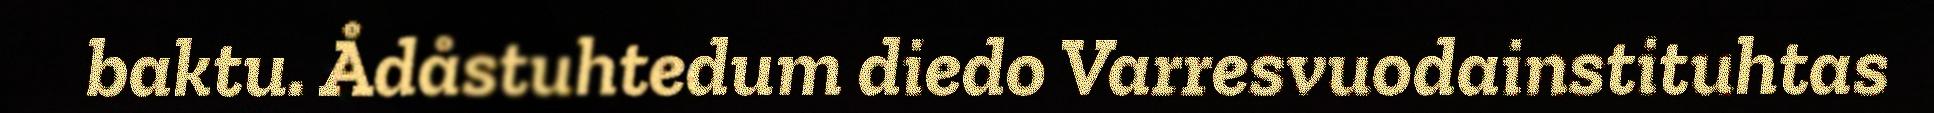
baktu. Ådåstuhtedum diedo Varresvuodainstituhtas